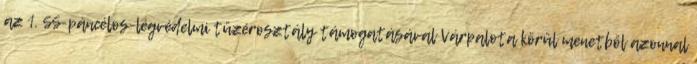
az 1. SS-páncélos-légvédelmi tüzérosztály támogatásával Várpalota körül menetből azonnal